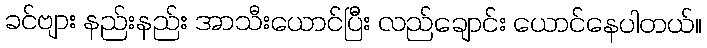
ခင်ဗျား နည်းနည်း အာသီးယောင်ပြီး လည်ချောင်း ယောင်နေပါတယ်။